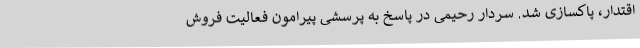
اقتدار، پاکسازی شد. سردار رحیمی در پاسخ به پرسشی پیرامون فعالیت فروش